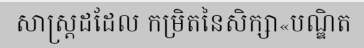
សាស្ត្រដដែល កម្រិតនៃសិក្សា«បណ្ឌិត